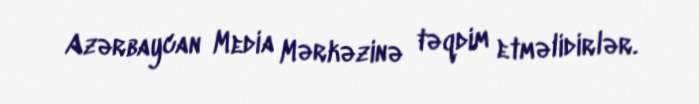
Azərbaycan Media Mərkəzinə təqdim etməlidirlər.